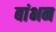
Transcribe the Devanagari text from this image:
बांभन